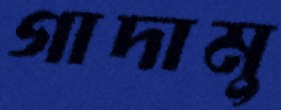
গাদামু